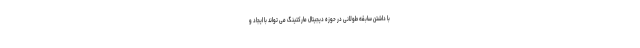
با داشتن سابقه طولانی در حوزه دیجیتال مارکتینگ می تواند با ایجاد و